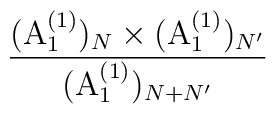
\frac{({\rm A}^{(1)}_1)_N \times ({\rm A}^{(1)}_1)_{N'}}{({\rm A}^{(1)}_1)_{N+N'}}